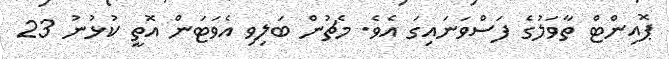
ޕޮއިންޓް ތާވަލުގެ ފަސްވަނައިގަ އެވެ. މެޗުން ބަލިވި އެވަޓަން އޮތީ ކުޅުނު 23